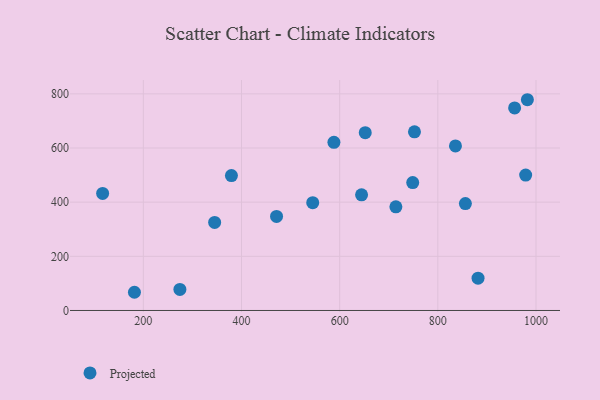
{"axis": {"x": "Investment", "y": "Exam Score"}, "legend": ["Projected"], "data": [{"x": "856.1", "y": 394.7, "type": "Projected"}, {"x": "471.4", "y": 347.5, "type": "Projected"}, {"x": "752.4", "y": 659.6, "type": "Projected"}, {"x": "978.9", "y": 499.9, "type": "Projected"}, {"x": "588.3", "y": 621.1, "type": "Projected"}, {"x": "748.8", "y": 472.5, "type": "Projected"}, {"x": "956.4", "y": 747.9, "type": "Projected"}, {"x": "835.9", "y": 607.6, "type": "Projected"}, {"x": "982.4", "y": 778.3, "type": "Projected"}, {"x": "545.1", "y": 398.0, "type": "Projected"}, {"x": "345.3", "y": 325.0, "type": "Projected"}, {"x": "652.1", "y": 656.7, "type": "Projected"}, {"x": "117.1", "y": 432.1, "type": "Projected"}, {"x": "181.9", "y": 67.2, "type": "Projected"}, {"x": "379.5", "y": 498.1, "type": "Projected"}, {"x": "714.5", "y": 382.7, "type": "Projected"}, {"x": "881.9", "y": 119.1, "type": "Projected"}, {"x": "274.5", "y": 77.8, "type": "Projected"}, {"x": "644.6", "y": 427.1, "type": "Projected"}]}